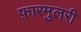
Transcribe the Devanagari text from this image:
फ़ारमुलरी